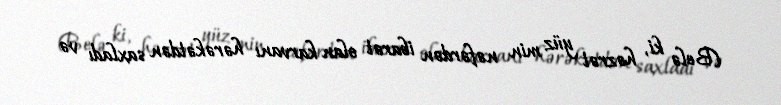
(Belə ki, həzrət yüz min nəfərdən ibarət olan karvanı hərəkətdən saxladı və